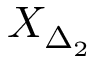
X _ { \Delta _ { 2 } }